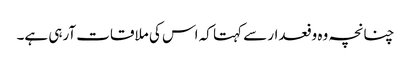
چنانچہ وہ وفعدار سے کہتا کہ اس کی ملاقات آرہی ہے۔